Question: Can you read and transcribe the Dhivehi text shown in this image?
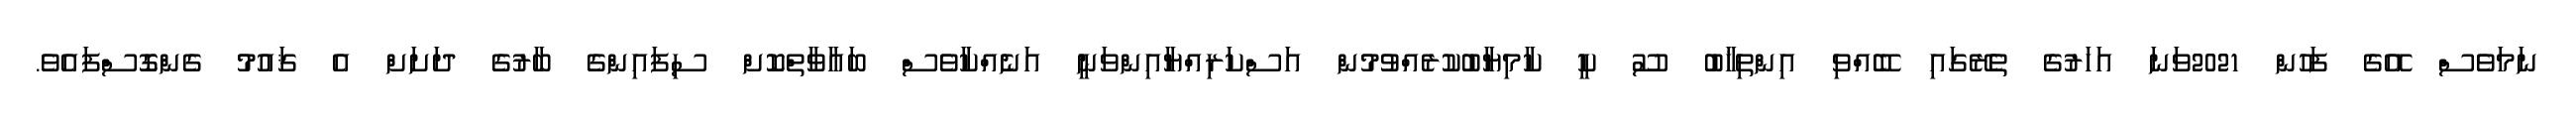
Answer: ނަމަވެސް އޭގެ ފަހުން 2021ވަނަ އަހަރުގެ ތެރޭގައި ބޭއްވި އިންތިޚާބު ސޫ ކީ ކާމިޔާބުކުރެއްވުމުން އަސްކަރިއްޔާއިންވަނީ އަނެއްކާވެސް ބަޣާވާތްކޮށް ސިފައިންގެ ބާރުގެ ދަށަށް އެ ޤައުމު ގެންގޮސްފައެވެ.